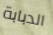
الدبابة